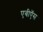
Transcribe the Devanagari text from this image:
एबीऍस